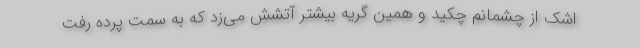
اشک از چشمانم چکید و همین گریه بیشتر آتشش می‌زد که به سمت پرده رفت